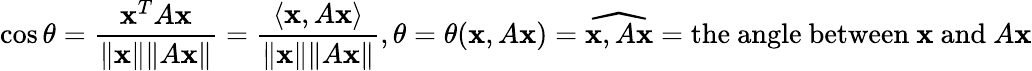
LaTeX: \cos\theta={\frac{\mathbf{x}^{T}A\mathbf{x}}{\lVert\mathbf{x}\rVert\lVert A\mathbf{x}\rVert}}={\frac{\langle\mathbf{x},A\mathbf{x}\rangle}{\lVert\mathbf{x}\rVert\lVert A\mathbf{x}\rVert}},\theta=\theta(\mathbf{x},A\mathbf{x})={\widehat{\mathbf{x},A\mathbf{x}}}={\mathrm{the~angle~between~}}\mathbf{x}{\mathrm{~and~}}A\mathbf{x}